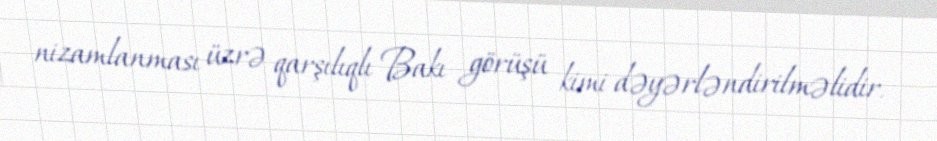
nizamlanması üzrə qarşılıqlı Bakı görüşü kimi dəyərləndirilməlidir.